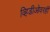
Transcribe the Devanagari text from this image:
व्हिडीओवरही